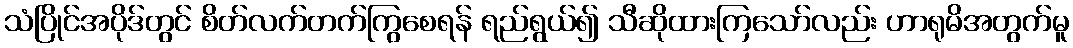
သံပြိုင်အပိုဒ်တွင် စိတ်လက်တက်ကြွစေရန် ရည်ရွယ်၍ သီဆိုထားကြသော်လည်း ဟာရုမိအတွက်မူ